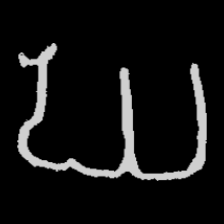
Pyu character \u2014 Myanmar letter: ဃ (romanized: gha)